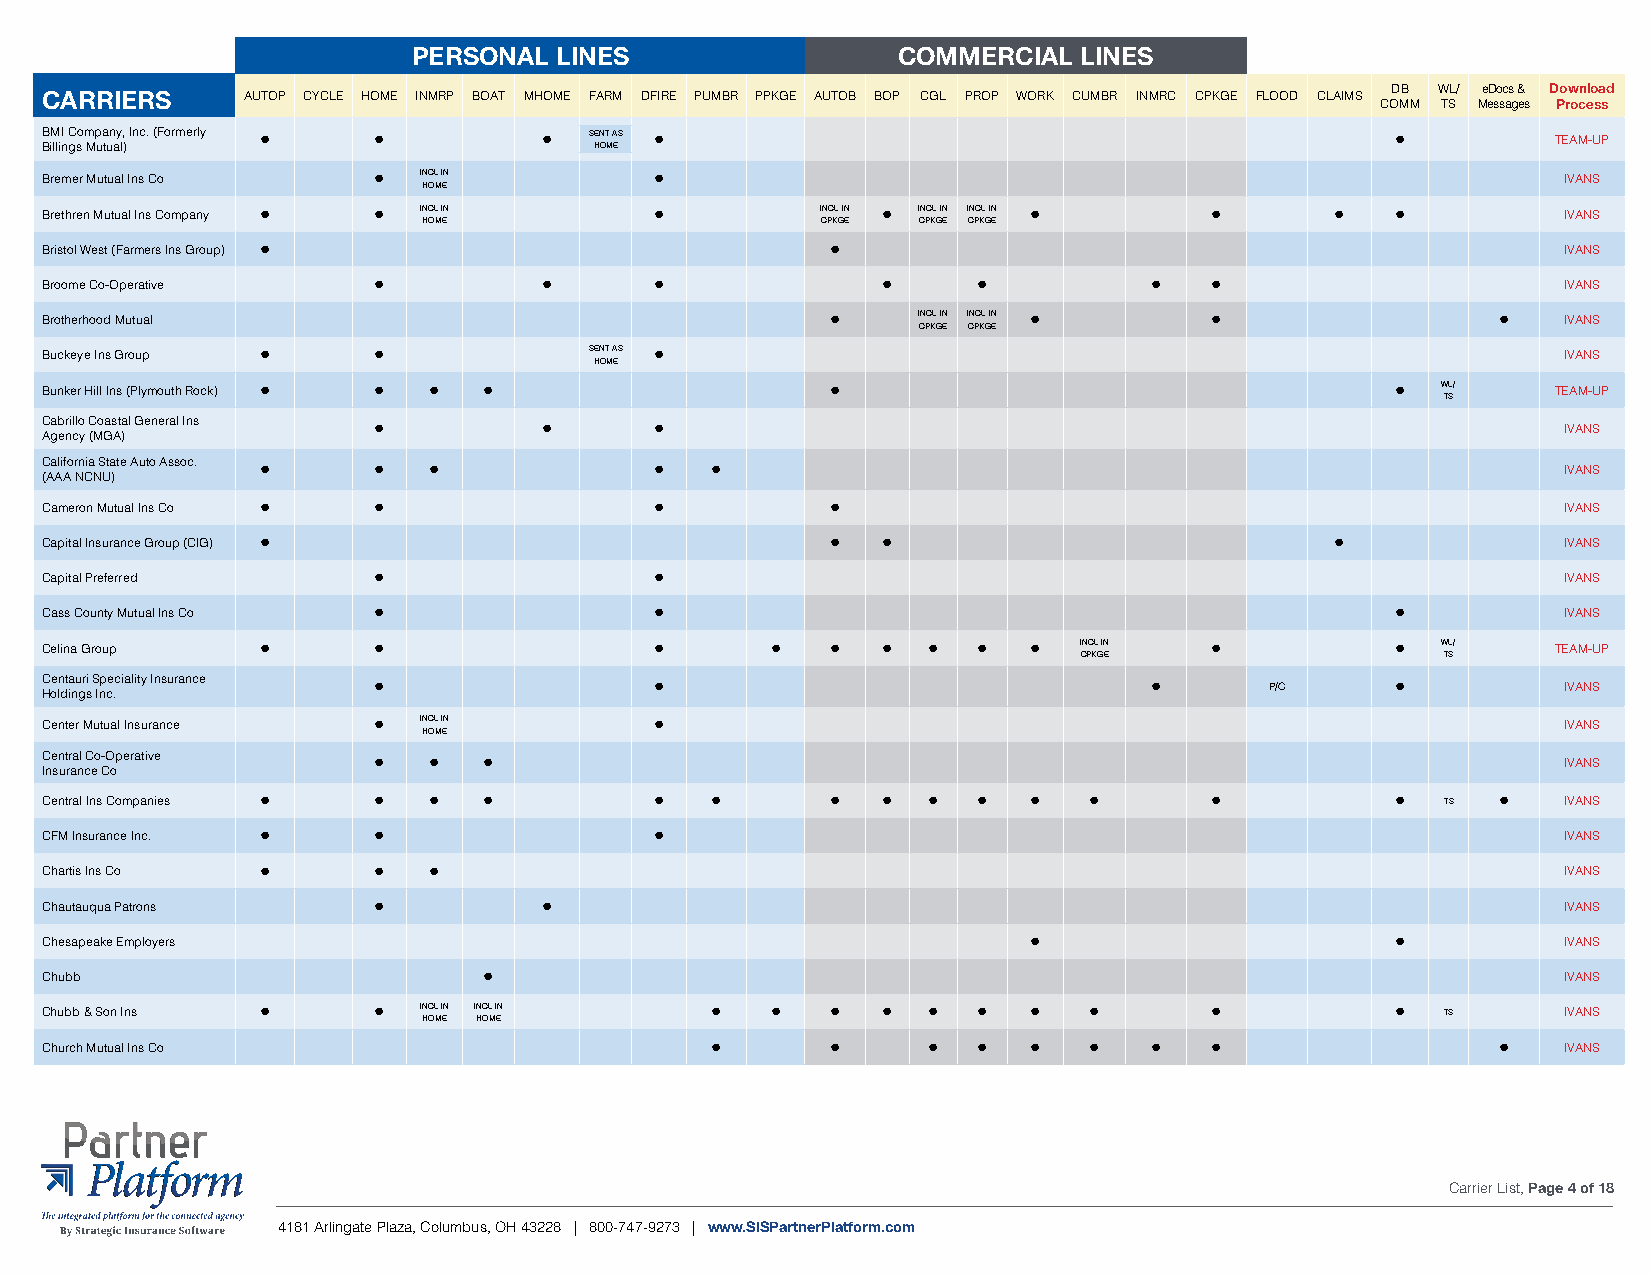
PERSONAL  LINES                 COMMERCIAL  LINES
 CARRIERS     AUTOP CYCLE HOME INMRP BOAT MHOME FARM DFIRE PUMBR PPKGE AUTOB BOP CGL PROP WORK CUMBR INMRC CPKGE FLOOD CLAIMS DB WL/ eDocs & Download
 COMM TS Messages Process
 BMI Company, Inc. (Formerly • •  •  SENT AS •                                            •          TEAM-UP
 Billings Mutual)                    HOME
 Bremer Mutual Ins Co  •  INCL IN        •                                                           IVANS
 HOME
 Brethren Mutual Ins Company • • INCL IN •          INCL IN • INCL IN INCL IN • •     •   •          IVANS
 HOME                      CPKGE  CPKGE CPKGE
 Bristol West (Farmers Ins Group) •                  •                                               IVANS
 Broome Co-Operative   •          •      •              •      •          •   •                      IVANS
 Brotherhood Mutual                                  •     INCL IN INCL IN •  •                  •   IVANS
 CPKGE CPKGE
 Buckeye Ins Group •   •             SENT AS •                                                       IVANS
 HOME
 Bunker Hill Ins (Plymouth Rock) • • • •             •                                    •  WL/     TEAM-UP
 TS
 Cabrillo Coastal General Ins •   •      •                                                           IVANS
 Agency (MGA)
 California State Auto Assoc. • • •      •   •                                                       IVANS
 (AAA NCNU)
 Cameron Mutual Ins Co • •               •           •                                               IVANS
 Capital Insurance Group (CIG) •                     •  •                             •              IVANS
 Capital Preferred     •                 •                                                           IVANS
 Cass County Mutual Ins Co •             •                                                •          IVANS
 Celina Group  •       •                 •       •   •  •  •   •  •  INCL IN  •           •  WL/     TEAM-UP
 CPKGE                    TS
 Centauri Speciality Insurance •         •                                •       P/C     •          IVANS
 Holdings Inc.
 Center Mutual Insurance • INCL IN       •                                                           IVANS
 HOME
 Central Co-Operative  •  •   •                                                                      IVANS
 Insurance Co
 Central Ins Companies • • •  •          •   •       •  •  •   •  •   •       •           •   TS •   IVANS
 CFM Insurance Inc. •  •                 •                                                           IVANS
 Chartis Ins Co •      •  •                                                                          IVANS
 Chautauqua Patrons    •          •                                                                  IVANS
 Chesapeake Employers                                             •                       •          IVANS
 Chubb                        •                                                                      IVANS
 Chubb & Son Ins •     •  IN HC OL M I EN IN HC OL M I EN • • • • • • • •     •           •   TS     IVANS
 Church Mutual Ins Co                        •       •     •   •  •   •   •   •                  •   IVANS
 Carrier List, Page 4 of 18
 4181 Arlingate Plaza, Columbus, OH 43228 | 800-747-9273 | www.SISPartnerPlatform.com